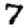
Digit: 7